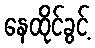
နေထိုင်ခွင့်